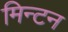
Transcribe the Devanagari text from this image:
मिन्टन